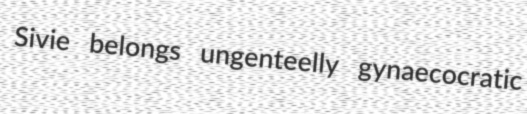
Sivie belongs ungenteelly gynaecocratic